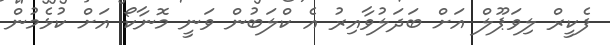
ފެކީރް ލިވަޕޫލް އަށް ބަދަލުވާއިރު އެ ކްލަބުން ވަނީ މޮނާކޯ އަށް ކުޅެމުން